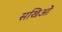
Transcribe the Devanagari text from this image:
सखिओं